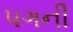
પગની